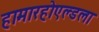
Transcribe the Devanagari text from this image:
हामारहोएल्डला